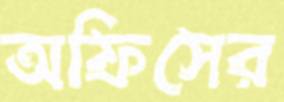
অফিসের